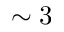
\sim 3